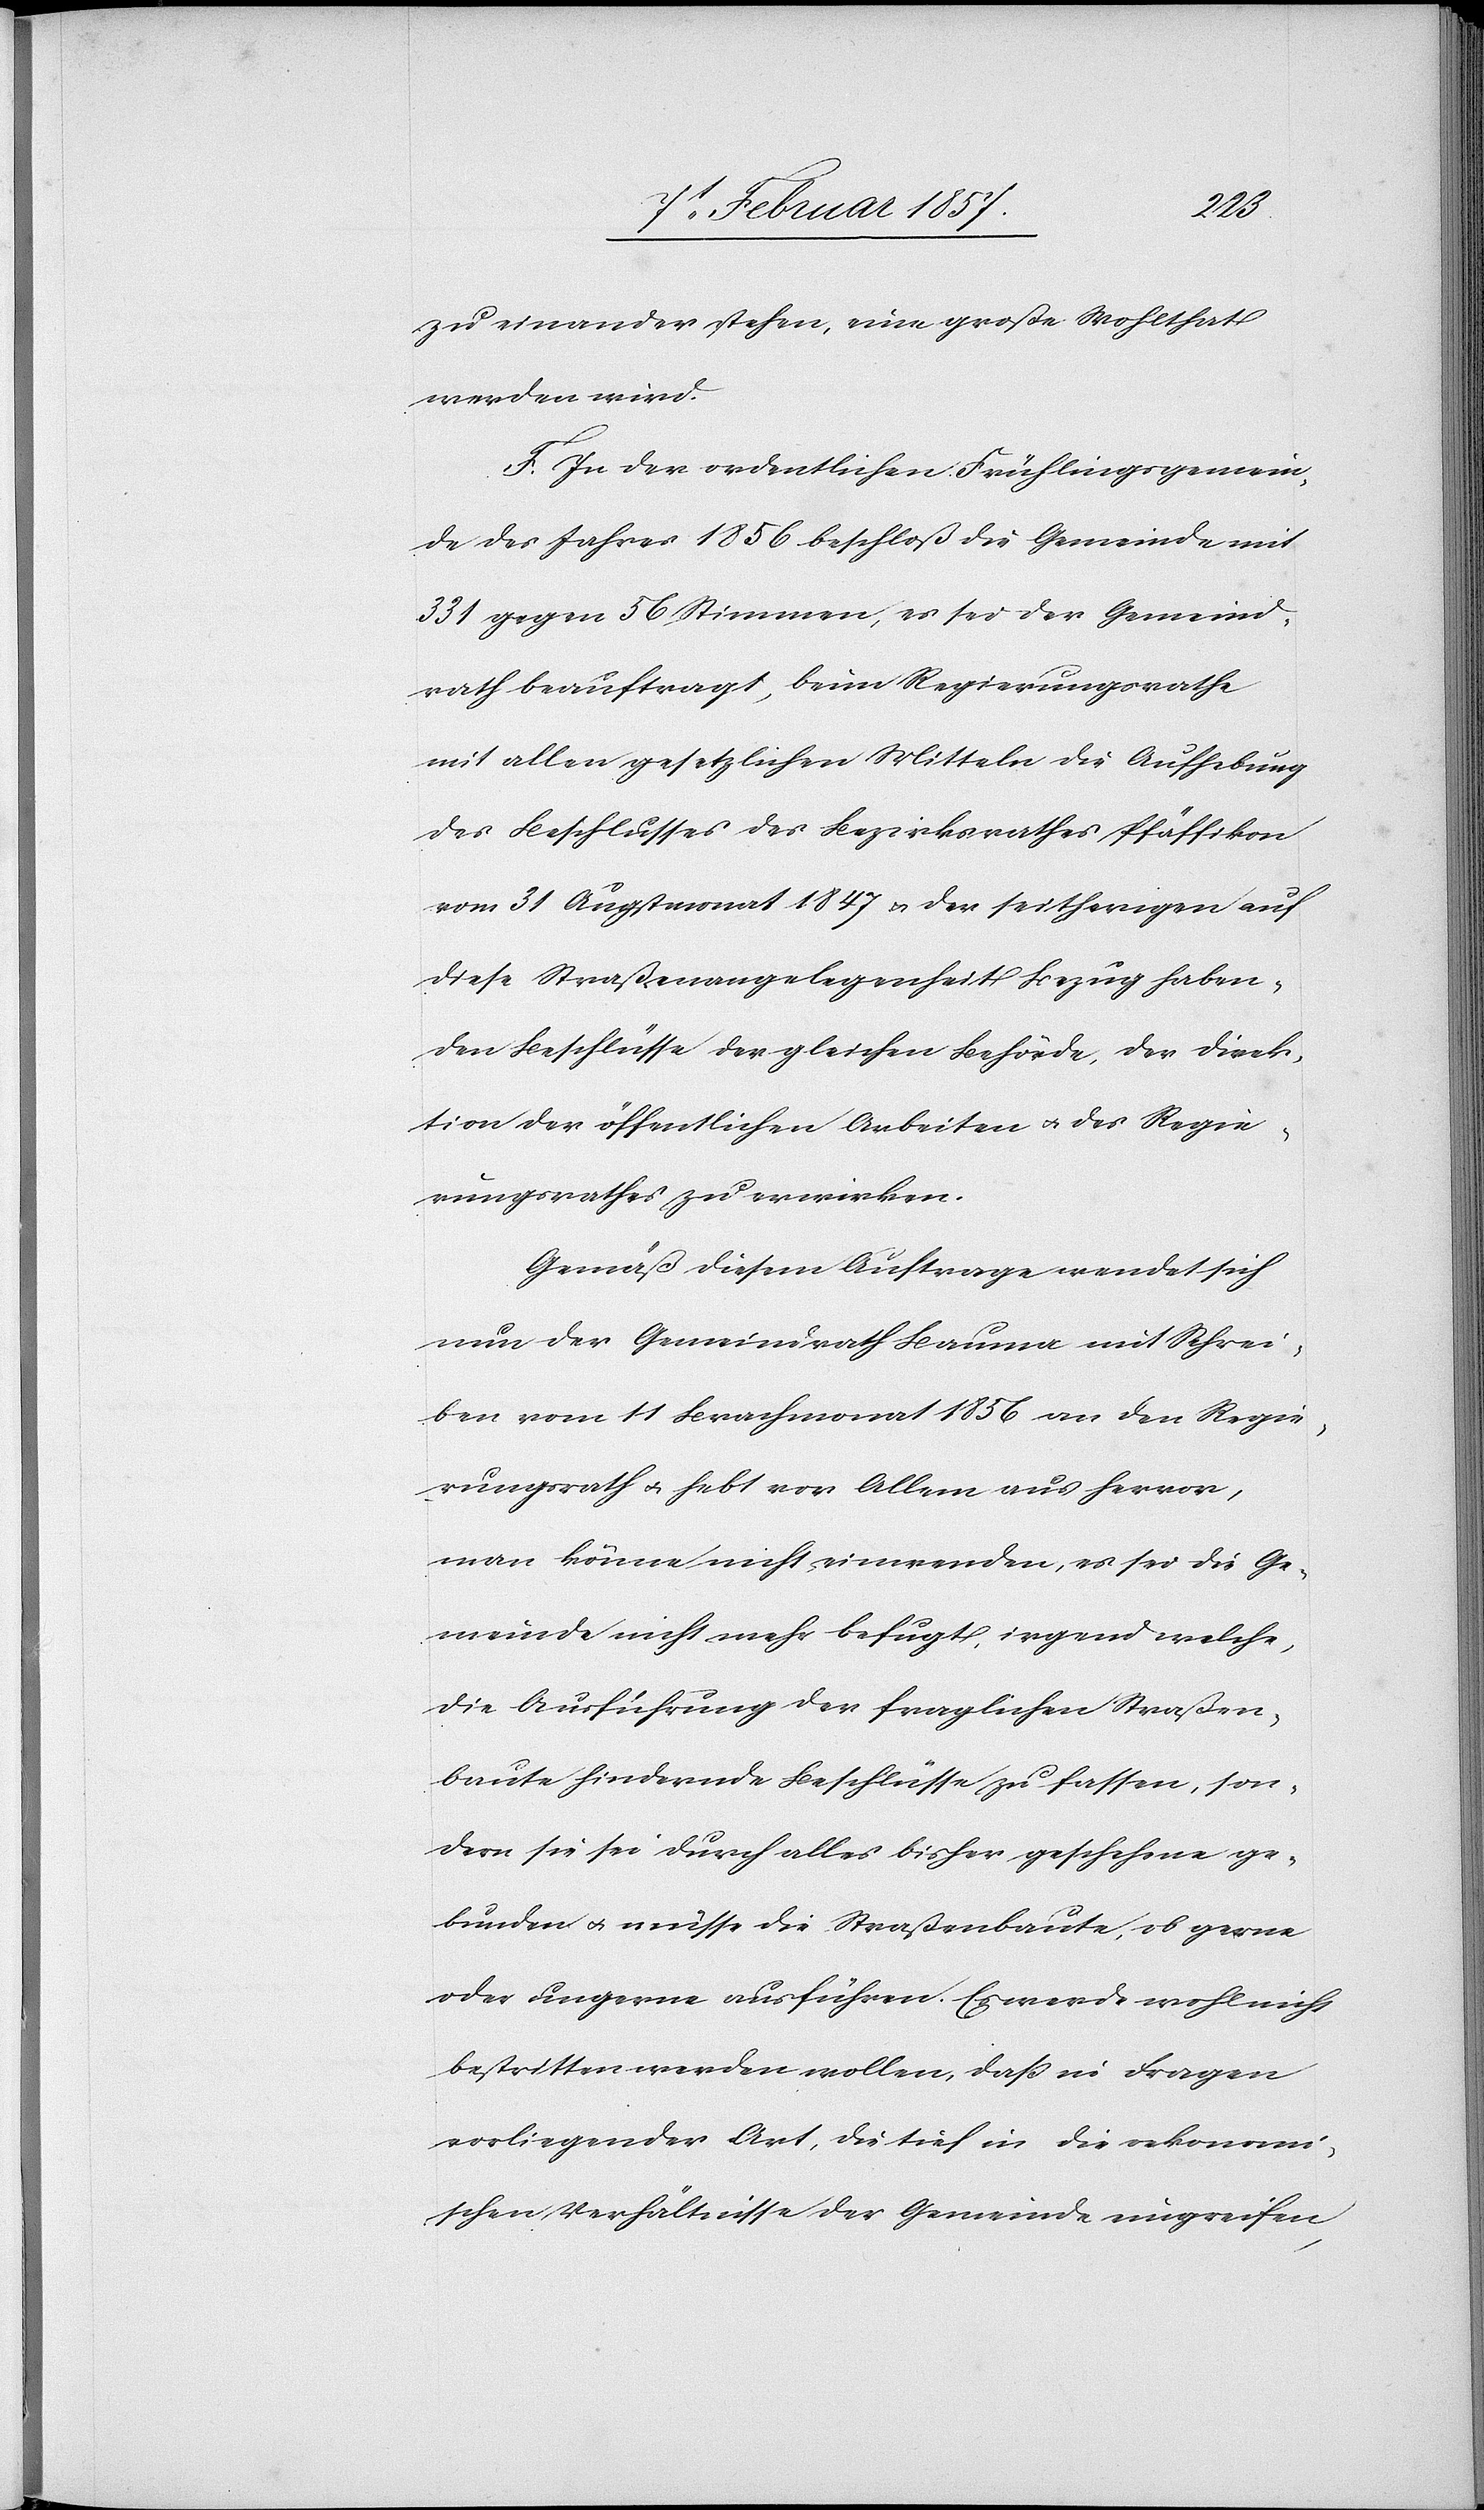
zu einander stehen, eine große Wohlthat
werden wird.
F. In der ordentlichen Frühlingsgemein¬
de des Jahres 1856 beschloß die Gemeinde mit
331 gegen 56 Stimmen, es sei der Gemeind¬
rath beauftragt, beim Regierungsrathe
mit allen gesetzlichen Mitteln die Aufhebung
des Beschlusses des Bezirksrathes Pfäffikon
vom 31 Augstmonat 1847 u. der seitherigen auf
diese Straßenangelegenheit Bezug haben¬
den Beschlüsse der gleichen Behörde, der Direk¬
tion der öffentlichen Arbeiten u. des Regie¬
rungsrathes zu erwirken.
Gemäß diesem Auftrage wendet sich
nun der Gemeindrath Bauma mit Schrei¬
ben vom 11 Brachmonat 1856 an den Regie¬
rungsrath u. hebt vor Allem aus hervor,
man könne nicht einwenden, es sei die Ge¬
meinde nicht mehr befugt, irgend welche,
die Ausführung der fraglichen Straßen¬
baute hindernde Beschlüsse zu fassen, son¬
dern sie sei durch alles bisher geschehene ge¬
bunden u. müsse die Straßenbaute, ob gerne
oder ungerne ausführen. Es werde wohl nicht
bestritten werden wollen, daß in Fragen
vorliegender Art, die tief in die oekonomi¬
schen Verhältnisse der Gemeinde eingreifen,